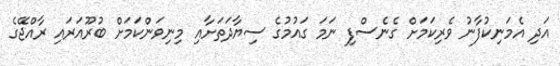
އަދި އެމަނިކުފާނު ވެރިކަމަށް ގެނެސްފި ނަމަ ގައުމުގެ ސިޔާދަތަށާއި މިނިވަންކަމަށް ބުރޫއަރައި ރާއްޖޭގެ